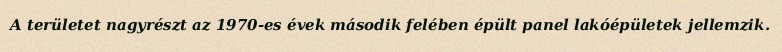
A területet nagyrészt az 1970-es évek második felében épült panel lakóépületek jellemzik.